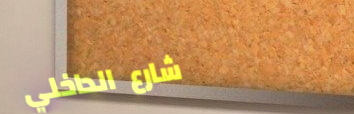
شارع الداخلي